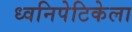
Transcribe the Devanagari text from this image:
ध्वनिपेटिकेला